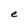
Character: e